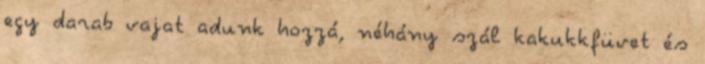
egy darab vajat adunk hozzá, néhány szál kakukkfüvet és